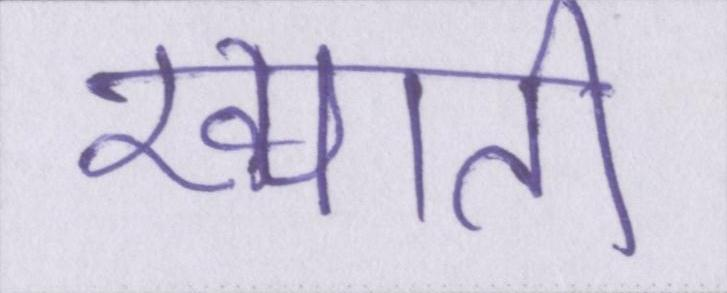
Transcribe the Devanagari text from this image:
ख्याती